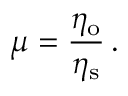
\mu = \frac { \eta _ { \mathrm { o } } } { \eta _ { \mathrm { s } } } \, .